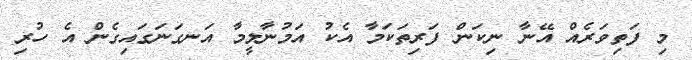
މި ފަތިވަރެއް އޭނާ ނިކަން ފަރިތަކަމާ އެކު އަމުނާލީމާ އަނގަނަގައިގެން އެ ހުރި